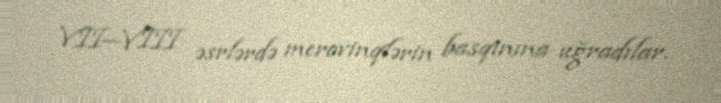
VII—VIII əsrlərdə merovinqlərin basqınına uğradılar.